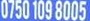
0750 109 8005